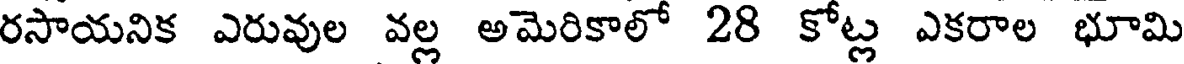
రసాయనిక ఎరువుల వల్ల అమెరికాలో 28 కోట్ల ఎకరాల భూమి